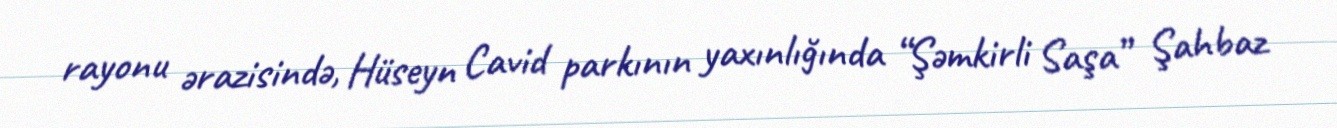
rayonu ərazisində, Hüseyn Cavid parkının yaxınlığında “Şəmkirli Saşa” Şahbaz